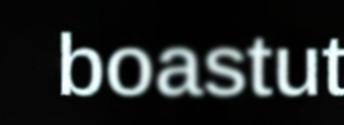
boastut